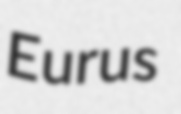
Eurus